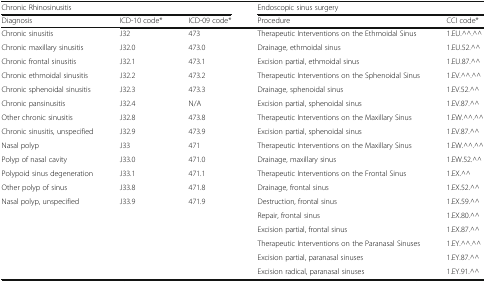
| <COLSPAN=3> Chronic Rhinosinusitis | <COLSPAN=2> Endoscopic sinus surgery |
 | Diagnosis | ICD-10 code* | ICD-09 code* | Procedure | CCI code* |
 | --- | --- | --- | --- | --- |
 | Chronic sinusitis | J32 | 473 | Therapeutic Interventions on the Ethmoidal Sinus | 1.EU.^^.^^ |
 | Chronic maxillary sinusitis | J32.0 | 473.0 | Drainage, ethmoidal sinus | 1.EU.52.^^ |
 | Chronic frontal sinusitis | J32.1 | 473.1 | Excision partial, ethmoidal sinus | 1.EU.87.^^ |
 | Chronic ethmoidal sinusitis | J32.2 | 473.2 | Therapeutic Interventions on the Sphenoidal Sinus | 1.EV.^^.^^ |
 | Chronic sphenoidal sinusitis | J32.3 | 473.3 | Drainage, sphenoidal sinus | 1.EV.52.^^ |
 | Chronic pansinusitis | J32.4 | N/A | Excision partial, sphenoidal sinus | 1.EV.87.^^ |
 | Other chronic sinusitis | J32.8 | 473.8 | Therapeutic Interventions on the Maxillary Sinus | 1.EW.^^.^^ |
 | Chronic sinusitis, unspecified | J32.9 | 473.9 | Excision partial, sphenoidal sinus | 1.EV.87.^^ |
 | Nasal polyp | J33 | 471 | Therapeutic Interventions on the Maxillary Sinus | 1.EW.^^.^^ |
 | Polyp of nasal cavity | J33.0 | 471.0 | Drainage, maxillary sinus | 1.EW.52.^^ |
 | Polypoid sinus degeneration | J33.1 | 471.1 | Therapeutic Interventions on the Frontal Sinus | 1.EX.^^ |
 | Other polyp of sinus | J33.8 | 471.8 | Drainage, frontal sinus | 1.EX.52.^^ |
 | <ROWSPAN=6> Nasal polyp, unspecified | <ROWSPAN=6> J33.9 | <ROWSPAN=6> 471.9 | Destruction, frontal sinus | 1.EX.59.^^ |
 | Repair, frontal sinus | 1.EX.80.^^ |
 | Excision partial, frontal sinus | 1.EX.87.^^ |
 | Therapeutic Interventions on the Paranasal Sinuses | 1.EY.^^.^^ |
 | Excision partial, paranasal sinuses | 1.EY.87.^^ |
 | Excision radical, paranasal sinuses | 1.EY.91.^^ |